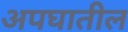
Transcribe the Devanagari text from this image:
अपघातील